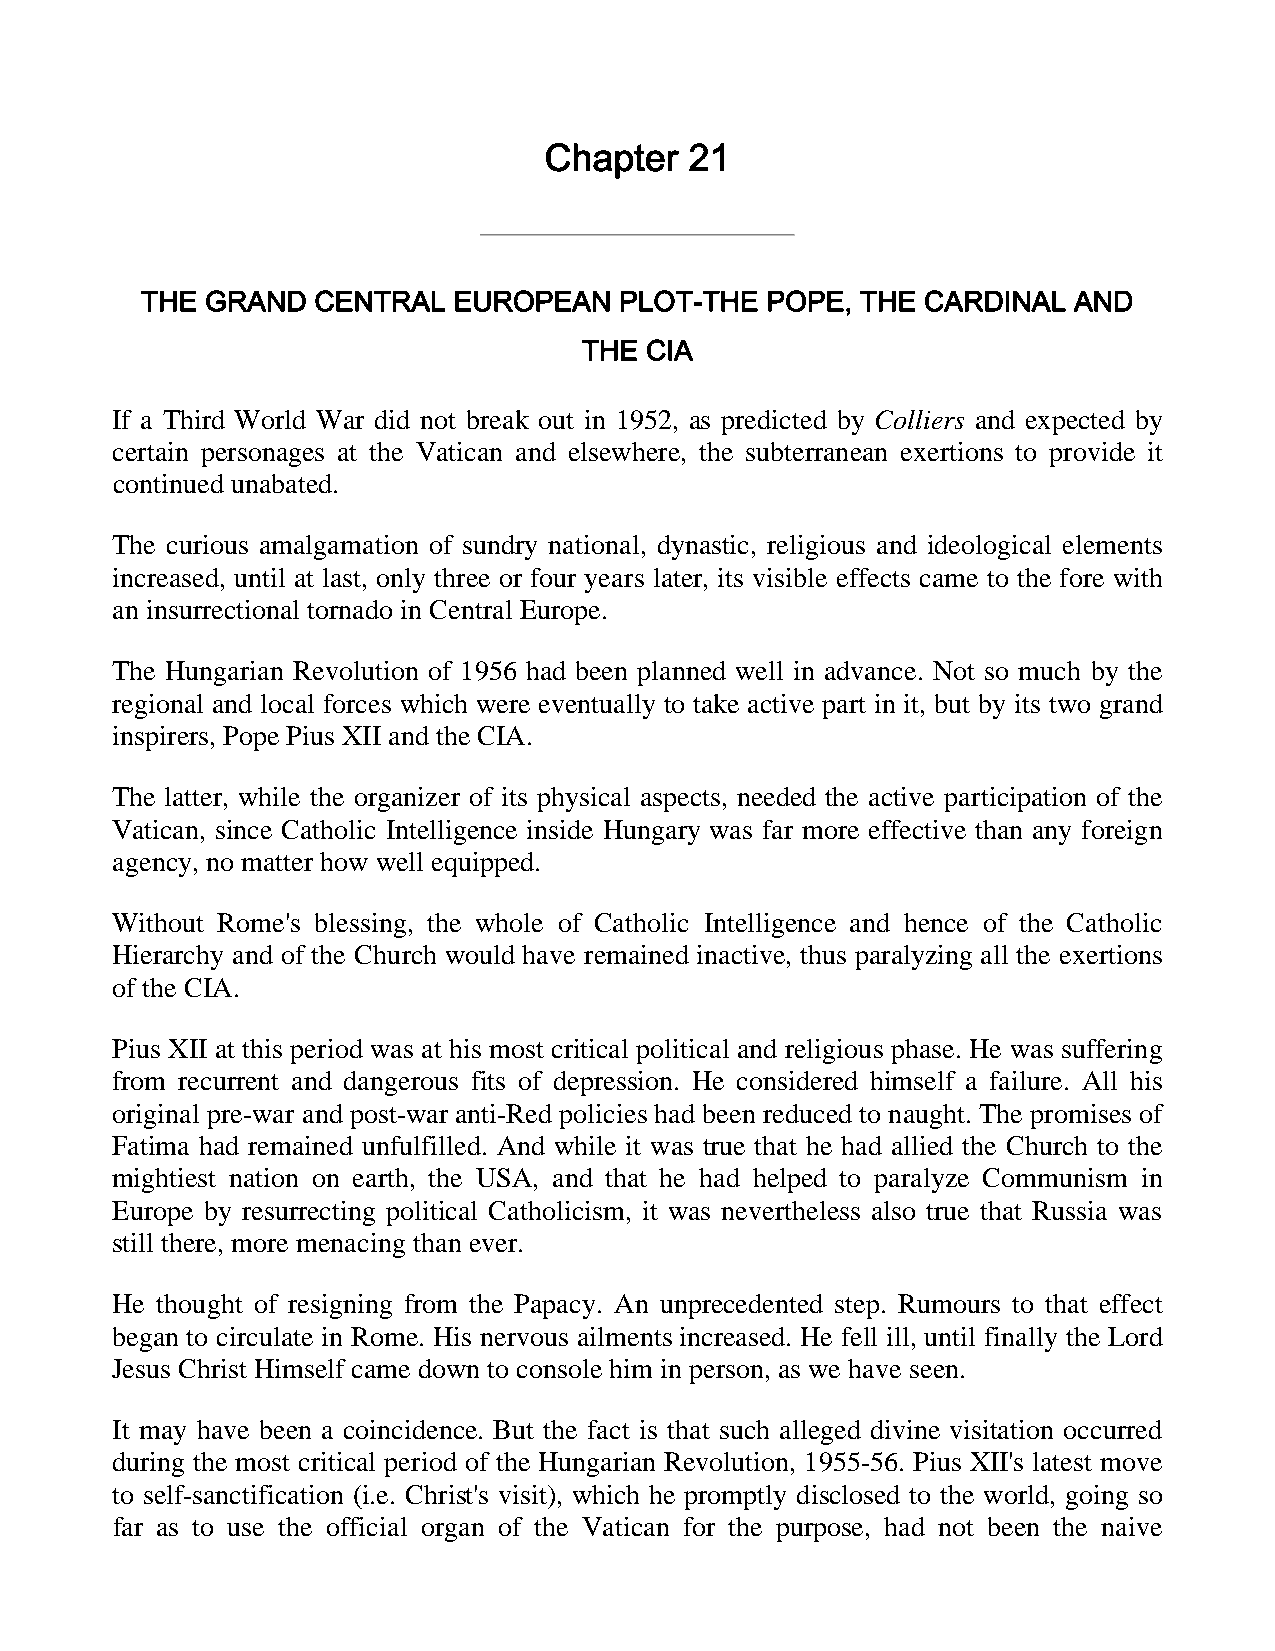
Chapter   21
 THE  GRAND  CENTRAL  EUROPEAN   PLOT-THE  POPE, THE CARDINAL  AND
 THE CIA
 If a Third World War did not break out in 1952, as predicted by Colliers and expected by
 certain personages at the Vatican and elsewhere, the subterranean exertions to provide it
 continued unabated.
 The curious amalgamation of sundry national, dynastic, religious and ideological elements
 increased, until at last, only three or four years later, its visible effects came to the fore with
 an insurrectional tornado in Central Europe.
 The Hungarian Revolution of 1956 had been planned well in advance. Not so much by the
 regional and local forces which were eventually to take active part in it, but by its two grand
 inspirers, Pope Pius XII and the CIA.
 The latter, while the organizer of its physical aspects, needed the active participation of the
 Vatican, since Catholic Intelligence inside Hungary was far more effective than any foreign
 agency, no matter how well equipped.
 Without Rome's blessing, the whole of Catholic Intelligence and hence of the Catholic
 Hierarchy and of the Church would have remained inactive, thus paralyzing all the exertions
 of the CIA.
 Pius XII at this period was at his most critical political and religious phase. He was suffering
 from recurrent and dangerous fits of depression. He considered himself a failure. All his
 original pre-war and post-war anti-Red policies had been reduced to naught. The promises of
 Fatima had remained unfulfilled. And while it was true that he had allied the Church to the
 mightiest nation on earth, the USA, and that he had helped to paralyze Communism in
 Europe by resurrecting political Catholicism, it was nevertheless also true that Russia was
 still there, more menacing than ever.
 He thought of resigning from the Papacy. An unprecedented step. Rumours to that effect
 began to circulate in Rome. His nervous ailments increased. He fell ill, until finally the Lord
 Jesus Christ Himself came down to console him in person, as we have seen.
 It may have been a coincidence. But the fact is that such alleged divine visitation occurred
 during the most critical period of the Hungarian Revolution, 1955-56. Pius XII's latest move
 to self-sanctification (i.e. Christ's visit), which he promptly disclosed to the world, going so
 far as to use the official organ of the Vatican for the purpose, had not been the naive